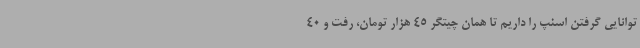
توانایی گرفتن اسنپ را داریم تا همان چیتگر 45 هزار تومان، رفت و 40